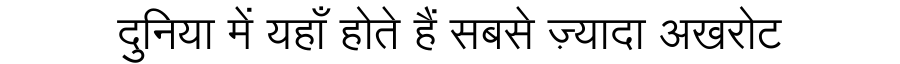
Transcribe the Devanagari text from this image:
दुनिया में यहाँ होते हैं सबसे ज़्यादा अखरोट